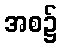
အစ၌